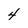
Character: 4